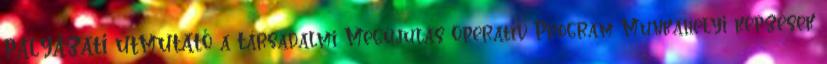
PÁLYÁZATI ÚTMUTATÓ a Társadalmi Megújulás Operatív Program Munkahelyi képzések